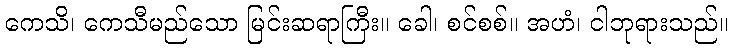
ကေသိ၊ ကေသီမည်သော မြင်းဆရာကြီး။ ခေါ၊ စင်စစ်။ အဟံ၊ ငါဘုရားသည်။